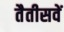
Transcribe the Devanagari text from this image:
तैतीसवें